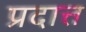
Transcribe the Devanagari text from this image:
प्रदात्त